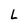
Character: L